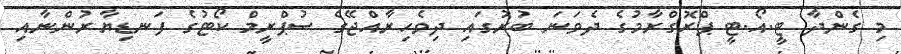
މި ގެންދާ ޓީ.އޯ.ޓީ ޕްރޮގްރާމުގެ ދެވަނަ ބުރުގައި ދިވެހިރާއްޖޭގެ ސުޕްރީމް ކޯޓުގެ ފަނޑިޔާރުންނާއި